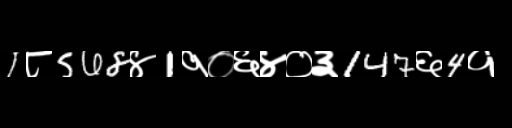
Text: 1८568४1१०६४०३147६4१